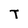
Character: T